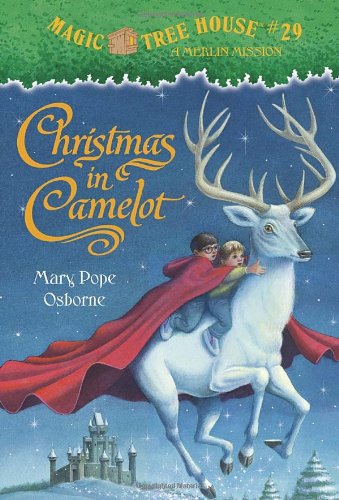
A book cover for Christmas in Camelot (Magic Tree House, No. 29); Mary Pope Osborne; Children's Books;